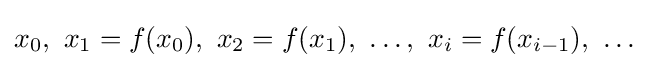
x_{0},\ x_{1}=f(x_{0}),\ x_{2}=f(x_{1}),\ \dots ,\ x_{i}=f(x_{i-1}),\ \dots